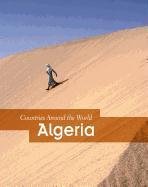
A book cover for Algeria (Countries Around the World); Lori McManus; History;